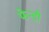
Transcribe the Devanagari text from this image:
फेन्डी